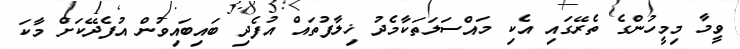
ވީމާ މިމީހުންގެ ތެރޭގައި އެކި މައްސަލަތަކާމެދު ޚިލާފުތައް އުފެދި ބައިބައިވުން އުފެދޭކަށް މާކަ